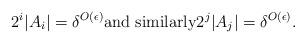
LaTeX: \begin{align*}2^i |A_i| = \delta^{O(\epsilon)}\mbox{and similarly}2^j|A_j|=\delta^{O(\epsilon)}.\end{align*}